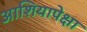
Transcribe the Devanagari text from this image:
आशियापेक्षा